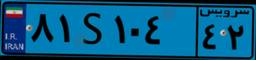
۸۱S۱۰۴۴۲